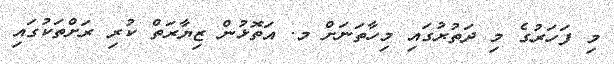
މި ފަހަރުގެ މި ދަތުރުގައި މިހާތަނަށް މ. އަތޮޅުން ޒިޔާރަތް ކުރި ރަށްތަކުގައި